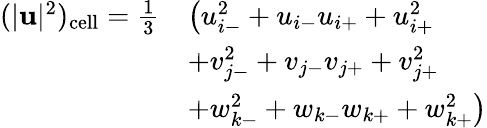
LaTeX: \begin{array}{rl}{(|\mathbf{u}|^{2})_{\mathrm{cell}}=\frac{1}{3}}&{\left(u_{i-}^{2}+u_{i-}u_{i+}+u_{i+}^{2}\right.}\\ &{\left.+v_{j-}^{2}+v_{j-}v_{j+}+v_{j+}^{2}\right.}\\ &{\left.+w_{k-}^{2}+w_{k-}w_{k+}+w_{k+}^{2}\right)}\end{array}